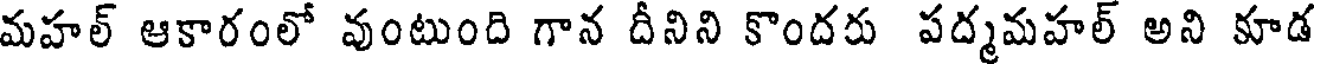
మహల్ ఆకారంలో వుంటుంది గాన దీనిని కొందరు పద్మమహల్ అని కూడ